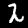
Digit: 2